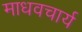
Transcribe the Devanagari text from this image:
माधवचार्य